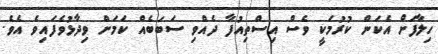
ހިލާފަށް އެކަން ކުރުމަކީ ވެސް އިސްތިއުފާ ދެއްވި ސަބަބެއް ކަމަށް ވިދާޅުވެފައިވެ އެވެ.